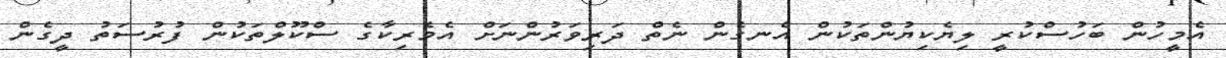
އެމީހުން ބަހުސްކުރީ ލިޔެކިޔުންތަކުން އެނގެން ނެތް ދަރިވަރުންނަށް އެމެރިކާގެ ސްކޫލްތަކުން ފުރުސަތު ދީގެން